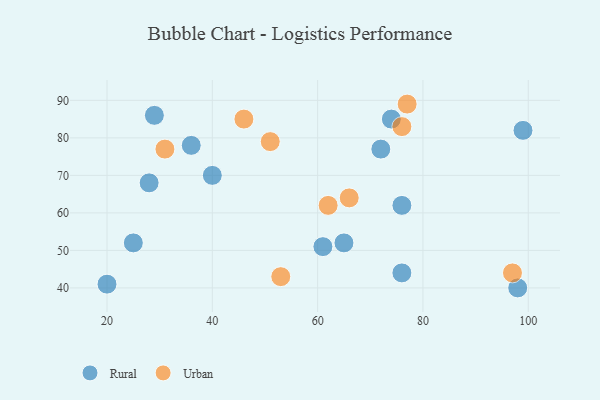
{"axis": {"x": "GDP", "y": "Life Expectancy"}, "legend": ["Rural", "Urban"], "data": [{"x": "76", "y": 62, "type": "Rural"}, {"x": "72", "y": 77, "type": "Rural"}, {"x": "99", "y": 82, "type": "Rural"}, {"x": "25", "y": 52, "type": "Rural"}, {"x": "76", "y": 44, "type": "Rural"}, {"x": "98", "y": 40, "type": "Rural"}, {"x": "40", "y": 70, "type": "Rural"}, {"x": "36", "y": 78, "type": "Rural"}, {"x": "74", "y": 85, "type": "Rural"}, {"x": "29", "y": 86, "type": "Rural"}, {"x": "20", "y": 41, "type": "Rural"}, {"x": "65", "y": 52, "type": "Rural"}, {"x": "28", "y": 68, "type": "Rural"}, {"x": "61", "y": 51, "type": "Rural"}, {"x": "77", "y": 89, "type": "Urban"}, {"x": "62", "y": 62, "type": "Urban"}, {"x": "46", "y": 85, "type": "Urban"}, {"x": "66", "y": 64, "type": "Urban"}, {"x": "53", "y": 43, "type": "Urban"}, {"x": "51", "y": 79, "type": "Urban"}, {"x": "97", "y": 44, "type": "Urban"}, {"x": "76", "y": 83, "type": "Urban"}, {"x": "31", "y": 77, "type": "Urban"}]}